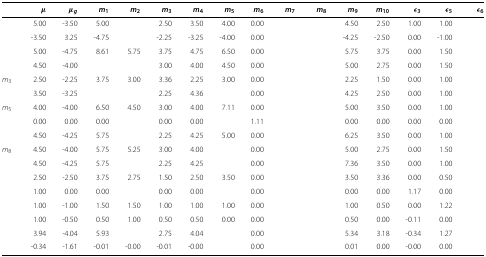
<table><thead><tr><td>[EMPTY_CELL]</td><td><b><i>μ</i></b></td><td><b><i>μ</i><sub><i>g</i></sub></b></td><td><b><i>m</i><sub>1</sub></b></td><td><b><i>m</i><sub>2</sub></b></td><td><b><i>m</i><sub>3</sub></b></td><td><b><i>m</i><sub>4</sub></b></td><td><b><i>m</i><sub>5</sub></b></td><td><b><i>m</i><sub>6</sub></b></td><td><b><i>m</i><sub>7</sub></b></td><td><b><i>m</i><sub>8</sub></b></td><td><b><i>m</i><sub>9</sub></b></td><td><b><i>m</i><sub>10</sub></b></td><td><b><i>ε</i><sub>3</sub></b></td><td><b><i>ε</i><sub>5</sub></b></td><td><b><i>ε</i><sub>6</sub></b></td></tr></thead><tbody><tr><td>[EMPTY_CELL]</td><td>5.00</td><td>-3.50</td><td>5.00</td><td>[EMPTY_CELL]</td><td>2.50</td><td>3.50</td><td>4.00</td><td>0.00</td><td>[EMPTY_CELL]</td><td>[EMPTY_CELL]</td><td>4.50</td><td>2.50</td><td>1.00</td><td>1.00</td><td>[EMPTY_CELL]</td></tr><tr><td>[EMPTY_CELL]</td><td>-3.50</td><td>3.25</td><td>-4.75</td><td>[EMPTY_CELL]</td><td>-2.25</td><td>-3.25</td><td>-4.00</td><td>0.00</td><td>[EMPTY_CELL]</td><td>[EMPTY_CELL]</td><td>-4.25</td><td>-2.50</td><td>0.00</td><td>-1.00</td><td>[EMPTY_CELL]</td></tr><tr><td>[EMPTY_CELL]</td><td>5.00</td><td>-4.75</td><td>8.61</td><td>5.75</td><td>3.75</td><td>4.75</td><td>6.50</td><td>0.00</td><td>[EMPTY_CELL]</td><td>[EMPTY_CELL]</td><td>5.75</td><td>3.75</td><td>0.00</td><td>1.50</td><td>[EMPTY_CELL]</td></tr><tr><td>[EMPTY_CELL]</td><td>4.50</td><td>-4.00</td><td>[EMPTY_CELL]</td><td>[EMPTY_CELL]</td><td>3.00</td><td>4.00</td><td>4.50</td><td>0.00</td><td>[EMPTY_CELL]</td><td>[EMPTY_CELL]</td><td>5.00</td><td>2.75</td><td>0.00</td><td>1.50</td><td>[EMPTY_CELL]</td></tr><tr><td><i>m</i><sub>3</sub></td><td>2.50</td><td>-2.25</td><td>3.75</td><td>3.00</td><td>3.36</td><td>2.25</td><td>3.00</td><td>0.00</td><td>[EMPTY_CELL]</td><td>[EMPTY_CELL]</td><td>2.25</td><td>1.50</td><td>0.00</td><td>1.00</td><td>[EMPTY_CELL]</td></tr><tr><td>[EMPTY_CELL]</td><td>3.50</td><td>-3.25</td><td>[EMPTY_CELL]</td><td>[EMPTY_CELL]</td><td>2.25</td><td>4.36</td><td>[EMPTY_CELL]</td><td>0.00</td><td>[EMPTY_CELL]</td><td>[EMPTY_CELL]</td><td>4.25</td><td>2.50</td><td>0.00</td><td>1.00</td><td>[EMPTY_CELL]</td></tr><tr><td><i>m</i><sub>5</sub></td><td>4.00</td><td>-4.00</td><td>6.50</td><td>4.50</td><td>3.00</td><td>4.00</td><td>7.11</td><td>0.00</td><td>[EMPTY_CELL]</td><td>[EMPTY_CELL]</td><td>5.00</td><td>3.50</td><td>0.00</td><td>1.00</td><td>[EMPTY_CELL]</td></tr><tr><td>[EMPTY_CELL]</td><td>0.00</td><td>0.00</td><td>0.00</td><td>[EMPTY_CELL]</td><td>0.00</td><td>0.00</td><td>[EMPTY_CELL]</td><td>1.11</td><td>[EMPTY_CELL]</td><td>[EMPTY_CELL]</td><td>0.00</td><td>0.00</td><td>0.00</td><td>0.00</td><td>[EMPTY_CELL]</td></tr><tr><td>[EMPTY_CELL]</td><td>4.50</td><td>-4.25</td><td>5.75</td><td>[EMPTY_CELL]</td><td>2.25</td><td>4.25</td><td>5.00</td><td>0.00</td><td>[EMPTY_CELL]</td><td>[EMPTY_CELL]</td><td>6.25</td><td>3.50</td><td>0.00</td><td>1.00</td><td>[EMPTY_CELL]</td></tr><tr><td><i>m</i><sub>8</sub></td><td>4.50</td><td>-4.00</td><td>5.75</td><td>5.25</td><td>3.00</td><td>4.00</td><td>[EMPTY_CELL]</td><td>0.00</td><td>[EMPTY_CELL]</td><td>[EMPTY_CELL]</td><td>5.00</td><td>2.75</td><td>0.00</td><td>1.50</td><td>[EMPTY_CELL]</td></tr><tr><td>[EMPTY_CELL]</td><td>4.50</td><td>-4.25</td><td>5.75</td><td>[EMPTY_CELL]</td><td>2.25</td><td>4.25</td><td>[EMPTY_CELL]</td><td>0.00</td><td>[EMPTY_CELL]</td><td>[EMPTY_CELL]</td><td>7.36</td><td>3.50</td><td>0.00</td><td>1.00</td><td>[EMPTY_CELL]</td></tr><tr><td>[EMPTY_CELL]</td><td>2.50</td><td>-2.50</td><td>3.75</td><td>2.75</td><td>1.50</td><td>2.50</td><td>3.50</td><td>0.00</td><td>[EMPTY_CELL]</td><td>[EMPTY_CELL]</td><td>3.50</td><td>3.36</td><td>0.00</td><td>0.50</td><td>[EMPTY_CELL]</td></tr><tr><td>[EMPTY_CELL]</td><td>1.00</td><td>0.00</td><td>0.00</td><td>[EMPTY_CELL]</td><td>0.00</td><td>0.00</td><td>[EMPTY_CELL]</td><td>0.00</td><td>[EMPTY_CELL]</td><td>[EMPTY_CELL]</td><td>0.00</td><td>0.00</td><td>1.17</td><td>0.00</td><td>[EMPTY_CELL]</td></tr><tr><td>[EMPTY_CELL]</td><td>1.00</td><td>-1.00</td><td>1.50</td><td>1.50</td><td>1.00</td><td>1.00</td><td>1.00</td><td>0.00</td><td>[EMPTY_CELL]</td><td>[EMPTY_CELL]</td><td>1.00</td><td>0.50</td><td>0.00</td><td>1.22</td><td>[EMPTY_CELL]</td></tr><tr><td>[EMPTY_CELL]</td><td>1.00</td><td>-0.50</td><td>0.50</td><td>1.00</td><td>0.50</td><td>0.50</td><td>0.00</td><td>0.00</td><td>[EMPTY_CELL]</td><td>[EMPTY_CELL]</td><td>0.50</td><td>0.00</td><td>-0.11</td><td>0.00</td><td>[EMPTY_CELL]</td></tr><tr><td>[EMPTY_CELL]</td><td>3.94</td><td>-4.04</td><td>5.93</td><td>[EMPTY_CELL]</td><td>2.75</td><td>4.04</td><td>[EMPTY_CELL]</td><td>0.00</td><td>[EMPTY_CELL]</td><td>[EMPTY_CELL]</td><td>5.34</td><td>3.18</td><td>-0.34</td><td>1.27</td><td>[EMPTY_CELL]</td></tr><tr><td>[EMPTY_CELL]</td><td>-0.34</td><td>-1.61</td><td>-0.01</td><td>-0.00</td><td>-0.01</td><td>-0.00</td><td>[EMPTY_CELL]</td><td>0.00</td><td>[EMPTY_CELL]</td><td>[EMPTY_CELL]</td><td>0.01</td><td>0.00</td><td>-0.00</td><td>0.00</td><td>[EMPTY_CELL]</td></tr></tbody></table>